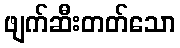
ဖျက်ဆီးတတ်သော